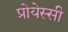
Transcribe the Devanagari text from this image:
प्रोयेस्सी